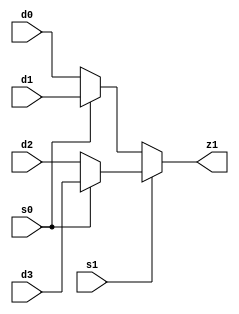
`timescale 1ns / 1ps
//////////////////////////////////////////////////////////////////////////////////
// Company: 
// Engineer: 
// 
// Design Name: 
// Module Name: mux_4to1
// Project Name: 
// Target Devices: 
// Tool Versions: 
// Description: 
// 
// Dependencies: 
// 
// Revision:
// Revision 0.01 - File Created
// Additional Comments:
// 
//////////////////////////////////////////////////////////////////////////////////


module mux_4to1 (s0, s1, d0, d1, d2, d3, z1);
//define inputs and output
input s0, s1, d0, d1, d2, d3;
output z1;
//use the nested conditional operator
assign z1 = s1 ? (s0 ? d3 : d2) : (s0 ? d1 : d0);
endmodule